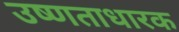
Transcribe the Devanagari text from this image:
उष्णताधारक